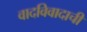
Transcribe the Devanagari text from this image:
वादविवादाची